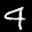
Label: 4